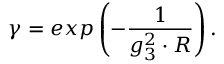
\gamma = e x p \left( - \frac { 1 } { g _ { 3 } ^ { 2 } \cdot R } \right) .